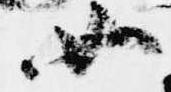
如